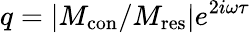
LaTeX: q=|M_{\mathrm{{con}}}/M_{\mathrm{{res}}}|e^{2i\omega\tau}